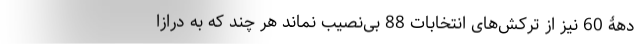
دهۀ 60 نیز از ترکش‌های انتخابات 88 بی‌نصیب نماند هر چند که به درازا